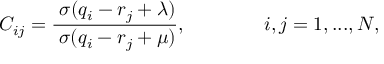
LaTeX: C _ { i j } = \frac { \; \sigma ( q _ { i } - r _ { j } + \lambda ) } { \; \sigma ( q _ { i } - r _ { j } + \mu ) } , \mathrm { ~ \ \ \ \ \ \ \ \ \ \ ~ } i , j = 1 , . . . , N ,